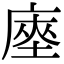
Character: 𢊃